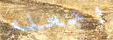
وجعله